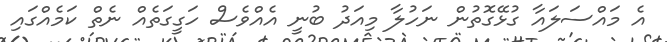
އެ މައްސަލައާ ގުޅޭގޮތުން ނަހުލާ މިއަދު ބުނީ އެއްވެސް ހަގީގަތެއް ނެތް ކަމެއްގައި